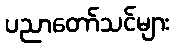
ပညာတော်သင်များ